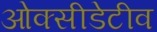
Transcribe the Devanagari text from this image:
ओक्सीडेटीव